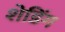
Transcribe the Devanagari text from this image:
शेडिंग